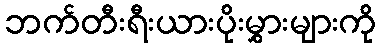
ဘက်တီးရီးယားပိုးမွှားများကို